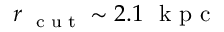
r _ { \mathrm { ~ \scriptsize ~ c ~ u ~ t ~ } } \sim 2 . 1 ~ \mathrm { ~ k ~ p ~ c ~ }